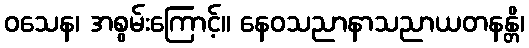
ဝသေန၊ အစွမ်းကြောင့်။ နေဝသညာနာသညာယတနန္တိ၊